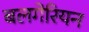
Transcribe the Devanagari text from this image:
बलगेरियन